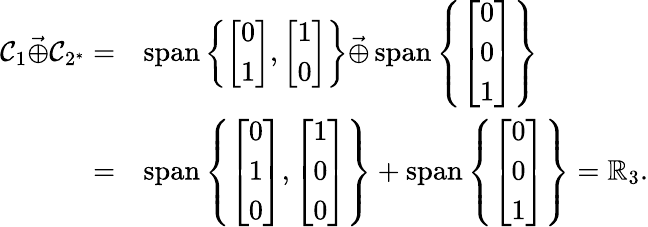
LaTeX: \begin{array}{rl}{\mathcal{C}_{1}\vec{\oplus}\mathcal{C}_{2^{*}}=}&{\operatorname{span}\left\{ \left[\begin{array}{l}{0}\\ {1}\end{array}\right],\left[\begin{array}{l}{1}\\ {0}\end{array}\right]\right\} \vec{\oplus}\operatorname{span}\left\{ \left[\begin{array}{l}{0}\\ {0}\\ {1}\end{array}\right]\right\} }\\ {=}&{\operatorname{span}\left\{ \left[\begin{array}{l}{0}\\ {1}\\ {0}\end{array}\right],\left[\begin{array}{l}{1}\\ {0}\\ {0}\end{array}\right]\right\} +\operatorname{span}\left\{ \left[\begin{array}{l}{0}\\ {0}\\ {1}\end{array}\right]\right\} =\mathbb{R}_{3}.}\end{array}